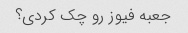
جعبه فیوز رو چک کردی؟